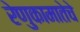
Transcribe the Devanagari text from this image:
रेणुकामातेचे